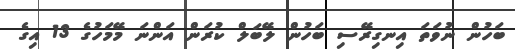
ބަހުން ނުވަތަ އިނގިރޭސި ބަހުން ލޭބަލް ކުރަން އަންނަ މޭމަހުގެ 13 އިގެ